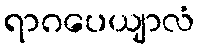
ရာဂပေယျာလံ